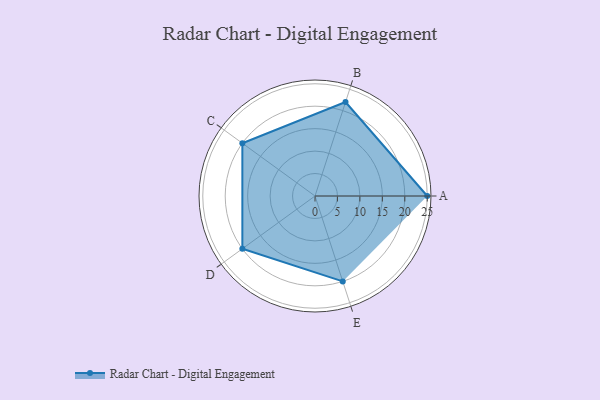
{"axis": {"x": "Skill", "y": "Score"}, "legend": ["Profile"], "data": [{"x": "A", "y": 25.0, "type": "Profile"}, {"x": "B", "y": 22.0, "type": "Profile"}, {"x": "C", "y": 20, "type": "Profile"}, {"x": "D", "y": 20, "type": "Profile"}, {"x": "E", "y": 20, "type": "Profile"}]}